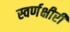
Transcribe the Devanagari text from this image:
स्वर्णक्षीरी